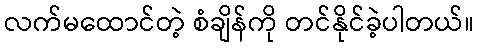
လက်မထောင်တဲ့ စံချိန်ကို တင်နိုင်ခဲ့ပါတယ်။